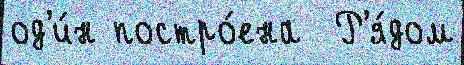
од'и́н постро́ена  Р'я́дом